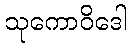
သုကောဝိဒေါ